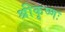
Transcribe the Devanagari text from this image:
श्रीकृष्णः